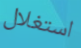
استغلال